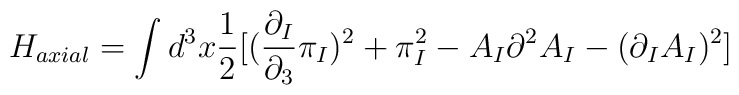
H_{axial} = \int d^3x \frac{1}{2}[ (\frac{\partial_I}{\partial_3} \pi_I)^2+ \pi_I^2- A_I \partial^2 A_I - (\partial_I A_I)^2 ]